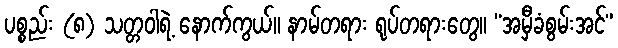
ပစ္စည်း (၈) သတ္တဝါရဲ့ နောက်ကွယ်။ နာမ်တရား ရုပ်တရားတွေ။ “အမှီခံစွမ်းအင်”